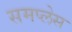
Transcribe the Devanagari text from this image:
समप्लेस